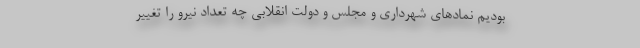
بودیم نمادهای شهرداری و مجلس و دولت انقلابی چه تعداد نیرو را تغییر